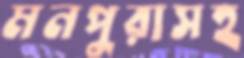
মনপুরাসহ